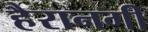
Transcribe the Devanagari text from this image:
हैरानगी